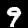
Digit: 9